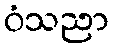
ဝံသညာ